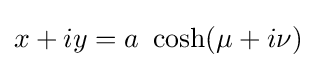
x+iy=a\ \cosh(\mu +i\nu )